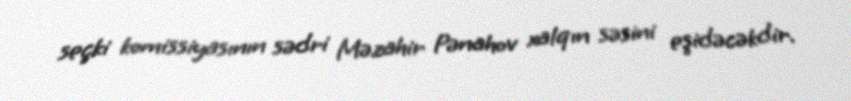
seçki komissiyasının sədri Məzahir Pənahov xalqın səsini eşidəcəkdir.